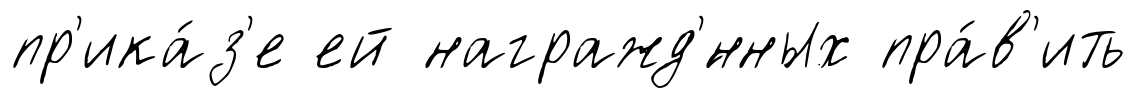
пр'ика́з'е ей награжд'́нных пра́в'ить